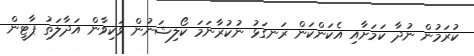
ކުރަމުން ނުދާ ކަމަށާއި އެކަންކަން ރަނގަޅު ނުކުރާނަމަ ކޯލިޝަނުން ވަކިވާން އަދާލަތު ޕާޓީން